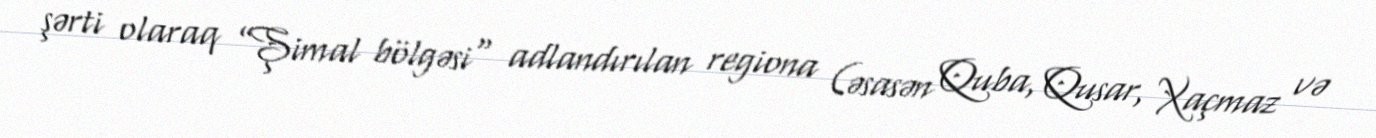
şərti olaraq ”Şimal bölgəsi" adlandırılan regiona (əsasən Quba, Qusar, Xaçmaz və